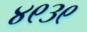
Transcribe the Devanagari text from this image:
४९३९